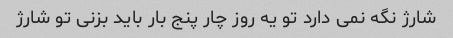
شارژ نگه نمی دارد تو یه روز چار پنج بار باید بزنی تو شارژ